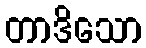
တာဒိသော